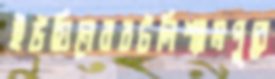
ইউয়িনেররটলিশ্যামপুরে